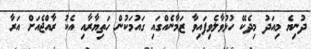
ދުނިޔެ މިއަދު މިދެކޭ ހުޅުވާލެވިފައިވާ ޒަމާނެއްގައި ގައުމަކުން ހަތިޔާރާއި އެކު ރާއްޖެއަށް އަރާ